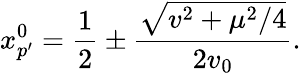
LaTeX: x_{p^{\prime}}^{0}=\frac{1}{2}\pm\frac{\sqrt{v^{2}+\mu^{2}/4}}{2v_{0}}.